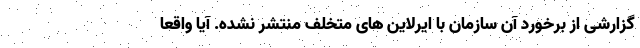
گزارشی از برخورد آن سازمان با ایرلاین های متخلف منتشر نشده. آیا واقعا